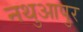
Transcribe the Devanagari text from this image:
नथुआपुर